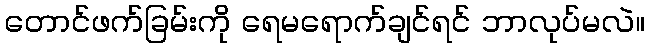
တောင်ဖက်ခြမ်းကို ရေမရောက်ချင်ရင် ဘာလုပ်မလဲ။